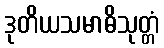
ဒုတိယသမာဓိသုတ္တံ